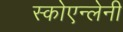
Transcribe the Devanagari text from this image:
स्कोएन्लेनी